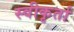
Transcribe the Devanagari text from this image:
स्वीकृर्ता